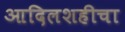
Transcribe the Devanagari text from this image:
आदिलशहीचा